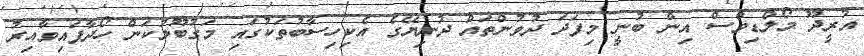
އުރީދޫ މޯލްޑިވްސް އިން ބުނީ މިފަދަ ދުވުންތައް ދުނިޔޭގެ އެކިހިސާބުތަކުގައި މަގުބޫލުކަން ހޯދާފައިވާއިރު